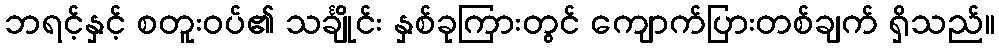
ဘရင့်နှင့် စတူးဝပ်၏ သင်္ချိုင်း နှစ်ခုကြားတွင် ကျောက်ပြားတစ်ချက် ရှိသည်။